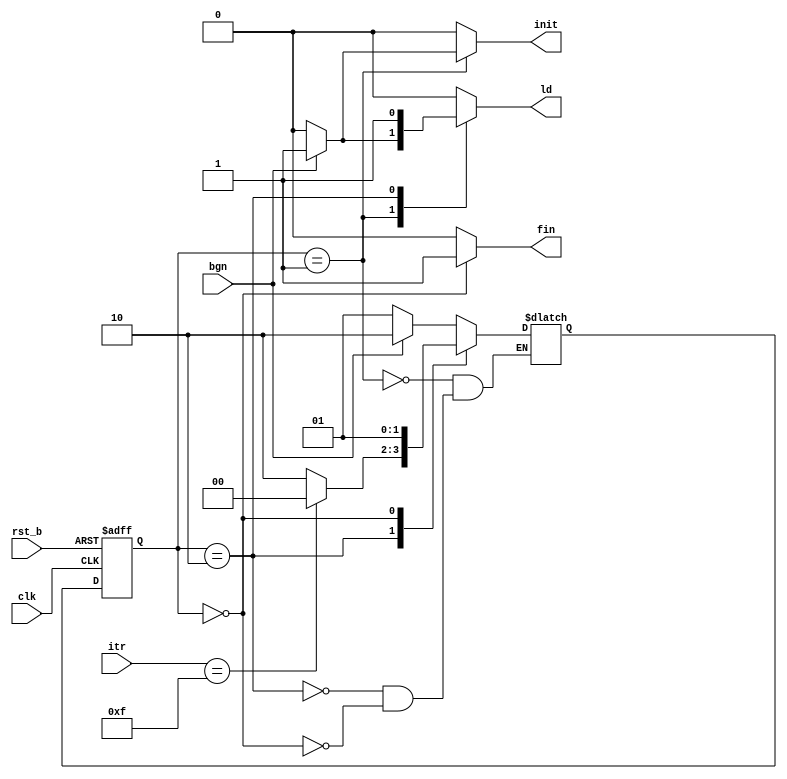
module cordicctrl(
    input clk, rst_b, bgn,
    input [3:0] itr,
    output reg ld, init, fin
);
    localparam FINISH = 0, WAIT = 1, EXEC = 2;

    reg [1:0] st, st_nxt;

    always @(*)
        case (st) 
            WAIT:   st_nxt = (bgn) ? EXEC : WAIT;
            EXEC:   st_nxt = (itr == 15) ? FINISH : EXEC;
            FINISH: st_nxt = WAIT;
        endcase
    always @(*) begin
        {ld, init, fin} = 'b000; // init all values to zero
        case (st)
            WAIT:   if (bgn) {ld, init} = 'b11;
            EXEC:   ld = 1;
            FINISH: fin = 1;
        endcase
    end
    always @ (posedge clk, negedge rst_b)
        if (!rst_b)     st <= WAIT;
        else            st <= st_nxt;
endmodule

module cordicctrl_tb;
    reg clk, rst_b, bgn; reg [3:0] itr;
    wire ld, init, fin;

    cordicctrl inst0(.clk(clk), .rst_b(rst_b), .bgn(bgn), .itr(itr), .ld(ld), .init(init), .fin(fin));

    localparam CLK_PERIOD = 100, CLK_CYCLES = 17, RST_PULSE = 25;

    initial begin
        clk = 0;
        repeat (CLK_CYCLES*2)
        #(CLK_PERIOD/2) clk = 1 - clk;
    end

    initial begin
        rst_b = 0;
        #(RST_PULSE) rst_b = 1;
    end

    initial begin
        bgn = 1;
        #(CLK_PERIOD);
        bgn = 0;
    end

    integer k;
    initial for (k = 0; k < CLK_CYCLES; k = k + 1) begin
        itr = k;
        #(CLK_PERIOD);
    end
endmodule